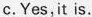
c.Yes,it is.